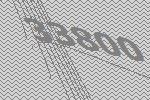
33800